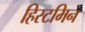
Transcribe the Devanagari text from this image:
हिस्टमिन